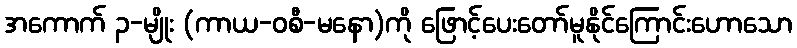
အကောက် ၃-မျိုး (ကာယ-ဝစီ-မနော)ကို ဖြောင့်ပေးတော်မူနိုင်ကြောင်းဟောသော